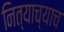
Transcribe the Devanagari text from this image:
नित्याच्याच